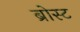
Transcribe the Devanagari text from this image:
ब्रोस्ट